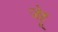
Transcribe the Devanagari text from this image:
जेहू